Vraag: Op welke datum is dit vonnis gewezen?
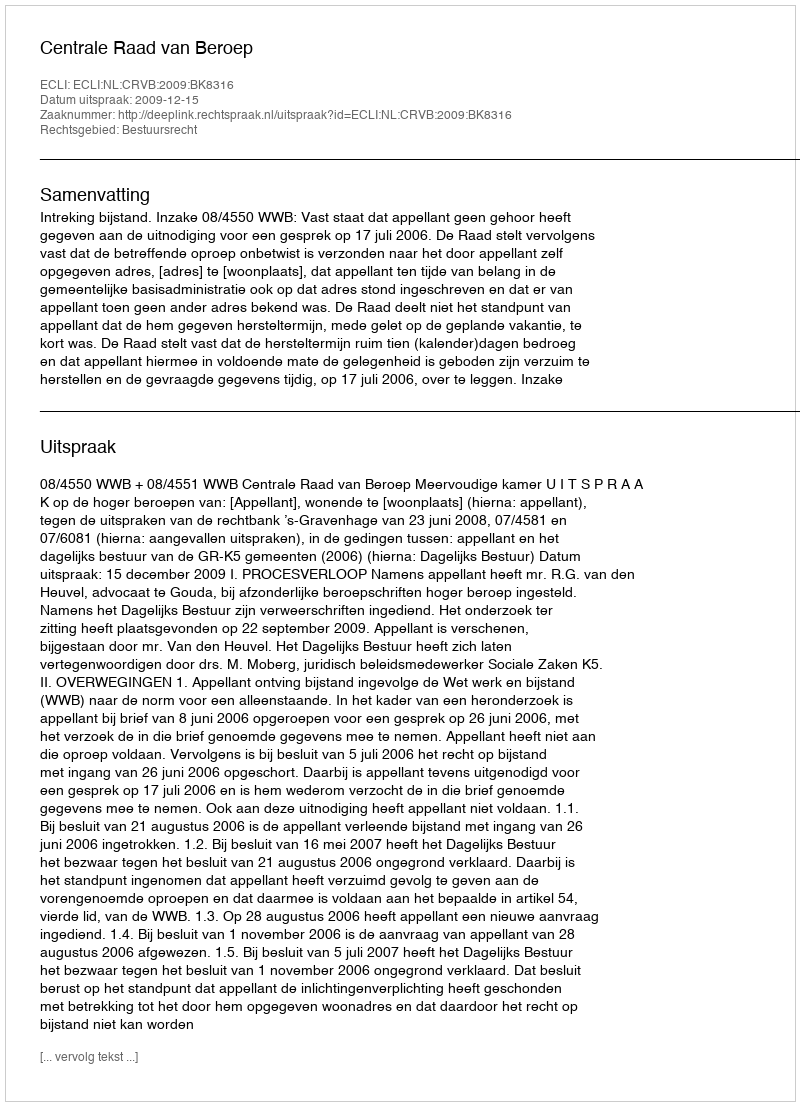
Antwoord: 2009-12-15